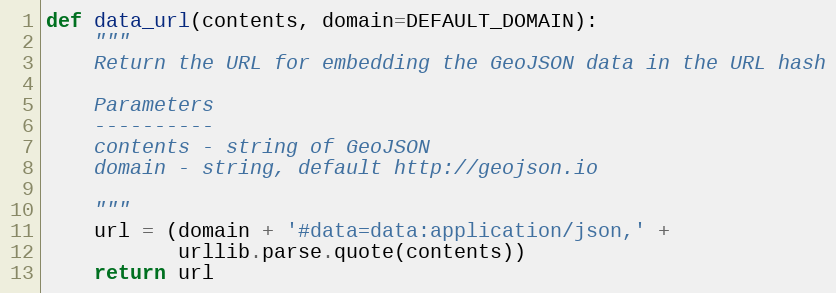
Language: Python
def data_url(contents, domain=DEFAULT_DOMAIN):
    """
    Return the URL for embedding the GeoJSON data in the URL hash

    Parameters
    ----------
    contents - string of GeoJSON
    domain - string, default http://geojson.io

    """
    url = (domain + '#data=data:application/json,' +
           urllib.parse.quote(contents))
    return url